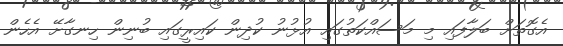
އެގޮތަށް ބަލާފައި މި މަސައްކަތުގައި އުޅުނު ކުދިން ކައިރީގައި ބުނިން ހިނގާށޭ އެހެން